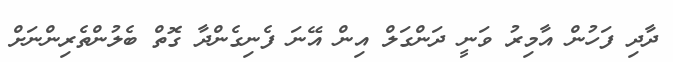
ދާދި ފަހުން އާމިރު ވަނީ ދަންގަލް އިން އޭނަ ފެނިގެންދާ ގޮތް ބެލުންތެރިންނަށް